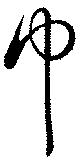
巾